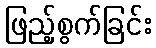
ဖြည့်စွက်ခြင်း